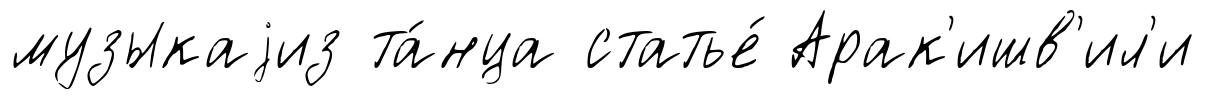
музыкаjиз та́нца статье́ Арак'ишв'ил'и